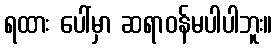
ရထား ပေါ်မှာ ဆရာဝန်မပါပါဘူး။